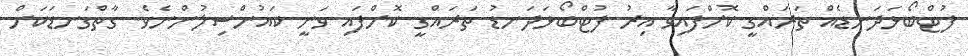
ފުޓްބޯޅަދަނޑެއް ތަރައްގީ ކޮށްފައިވާ އިރު ފުޓްބޯޅަދަނޑު ތަރައްގީ ކޮށްފައި ވަނީ ކައުންސިލުންނެވެ. ގާތްގަނޑަކަށް